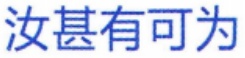
汝甚有可为